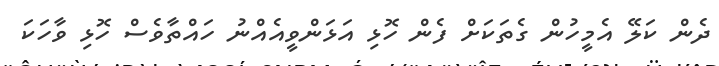
ދެން ކަލޭ އެމީހުން ގެތަކަށް ފެން ހޮޅި އަޅަންވީއެއްނު ހައްތާވެސް ހޮޅި ވާހަކަ